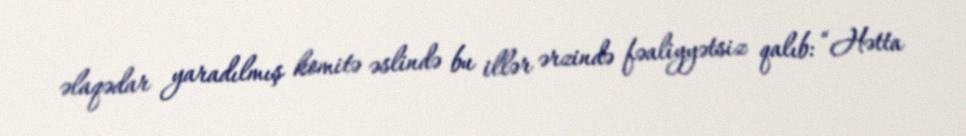
əlaqədar yaradılmış komitə əslində bu illər ərzində fəaliyyətsiz qalıb: “Hətta